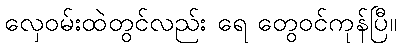
လှေဝမ်းထဲတွင်လည်း ရေ တွေဝင်ကုန်ပြီ။